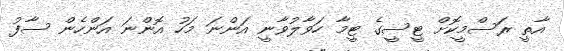
އާތީ ރަސްމީކޮށް ޓީސީގެ ޓީމާ ހަވާލުވާނީ އަންނަ މަހު އޮންނަ އަންހެން ސާފު